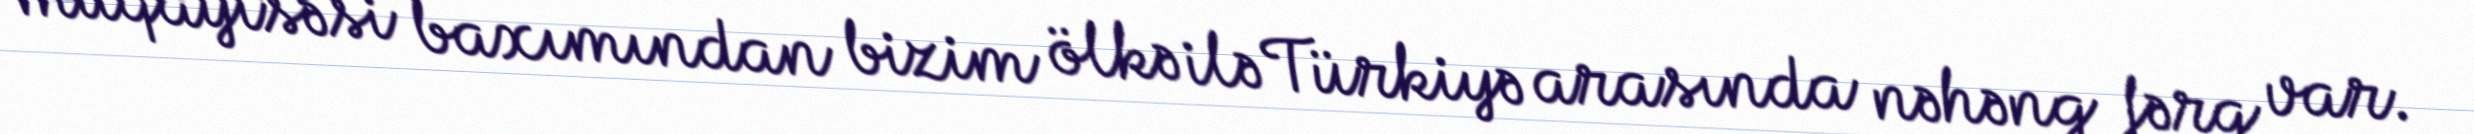
müqayisəsi baxımından bizim ölkə ilə Türkiyə arasında nəhəng fərq var.